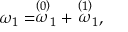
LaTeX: \omega _ { 1 } = \stackrel { \left( 0 \right) } { \omega } _ { 1 } + \stackrel { \left( 1 \right) } { \omega } _ { 1 } ,